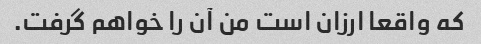
که واقعا ارزان است من آن را خواهم گرفت.